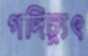
গদিচ্যুৎ